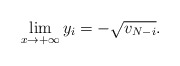
\begin{align*}\lim _{x\rightarrow +\infty} y_{i} = -\sqrt{v_{N-i}}.\end{align*}